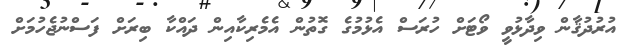
އުރުދުޤާން ވިދާޅުވީ ވޯޓަށް ހުރަސް އެޅުމުގެ ގޮތުން އެމެރިކާއިން ދައްކާ ބިރަށް ފަސްނުޖެހުމަށް